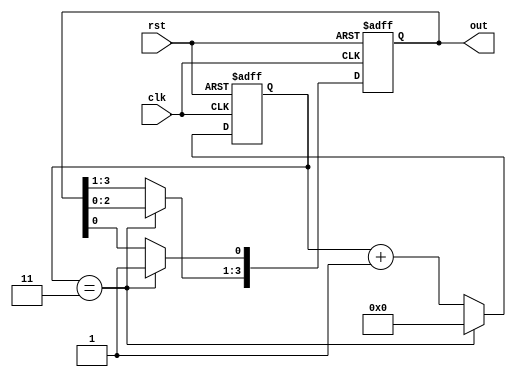
module multi_phase_clock_divider (
    input wire clk,
    input wire rst,
    output wire [N-1:0] out
);

parameter N = 4; // number of phases
parameter DIV = 4; // divide ratio

reg [N-1:0] counter;
reg [N-1:0] phase_enable;

always @ (posedge clk or posedge rst) begin
    if (rst) begin
        counter <= 0;
        phase_enable <= {N{1'b0}};
    end else begin
        counter <= counter + 1;
        if (counter == DIV - 1) begin
            counter <= 0;
            phase_enable <= phase_enable << 1;
            phase_enable[0] <= 1;
        end
    end
end

assign out = phase_enable;

endmodule